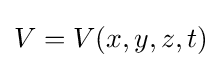
V=V(x,y,z,t)